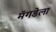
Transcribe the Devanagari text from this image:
मॅगडेला